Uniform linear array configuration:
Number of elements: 48
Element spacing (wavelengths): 0.25
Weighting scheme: binomial
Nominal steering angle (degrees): -60
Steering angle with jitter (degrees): -61.002
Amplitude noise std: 0.05
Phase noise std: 0.05

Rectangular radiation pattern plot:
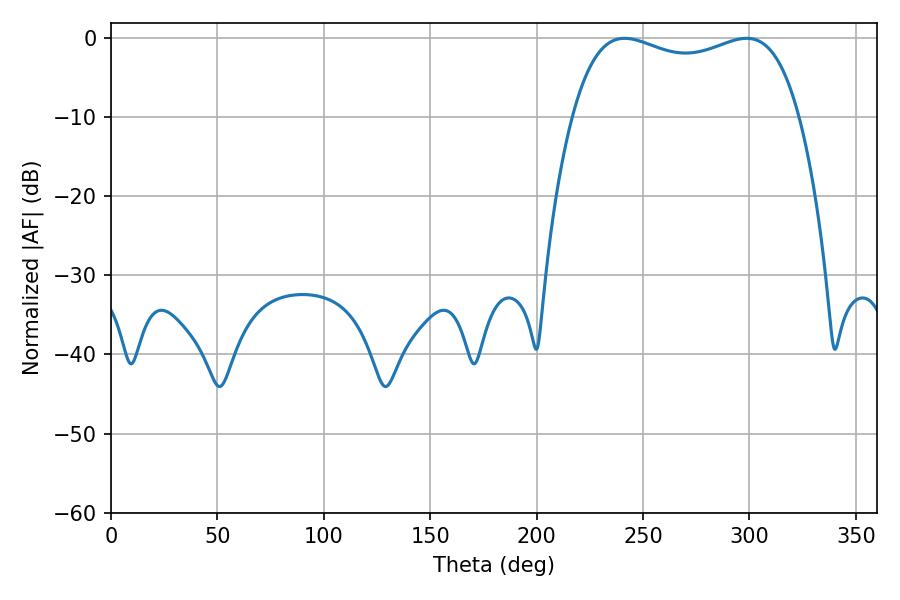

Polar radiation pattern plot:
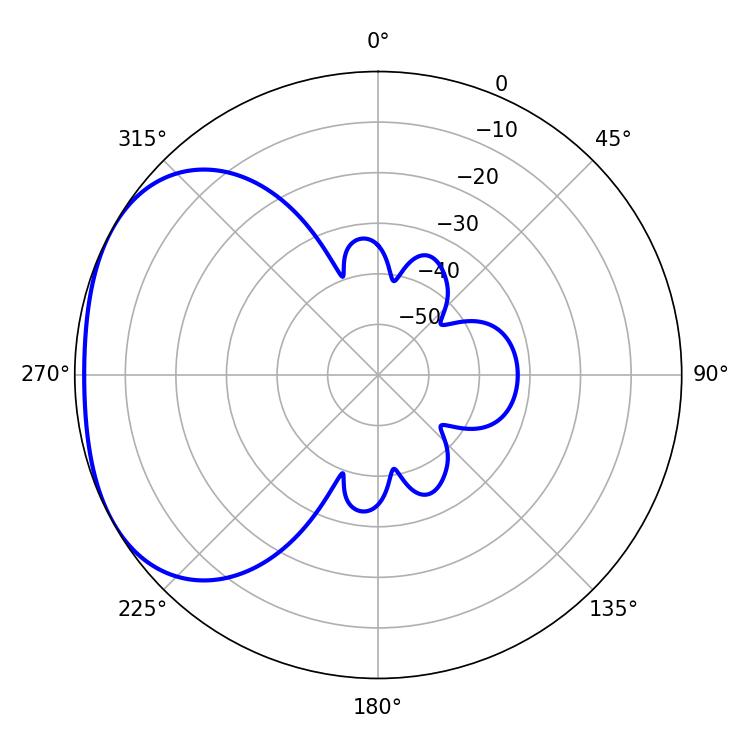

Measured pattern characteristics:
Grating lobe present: FALSE
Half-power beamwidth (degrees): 87.12
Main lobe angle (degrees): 298.62